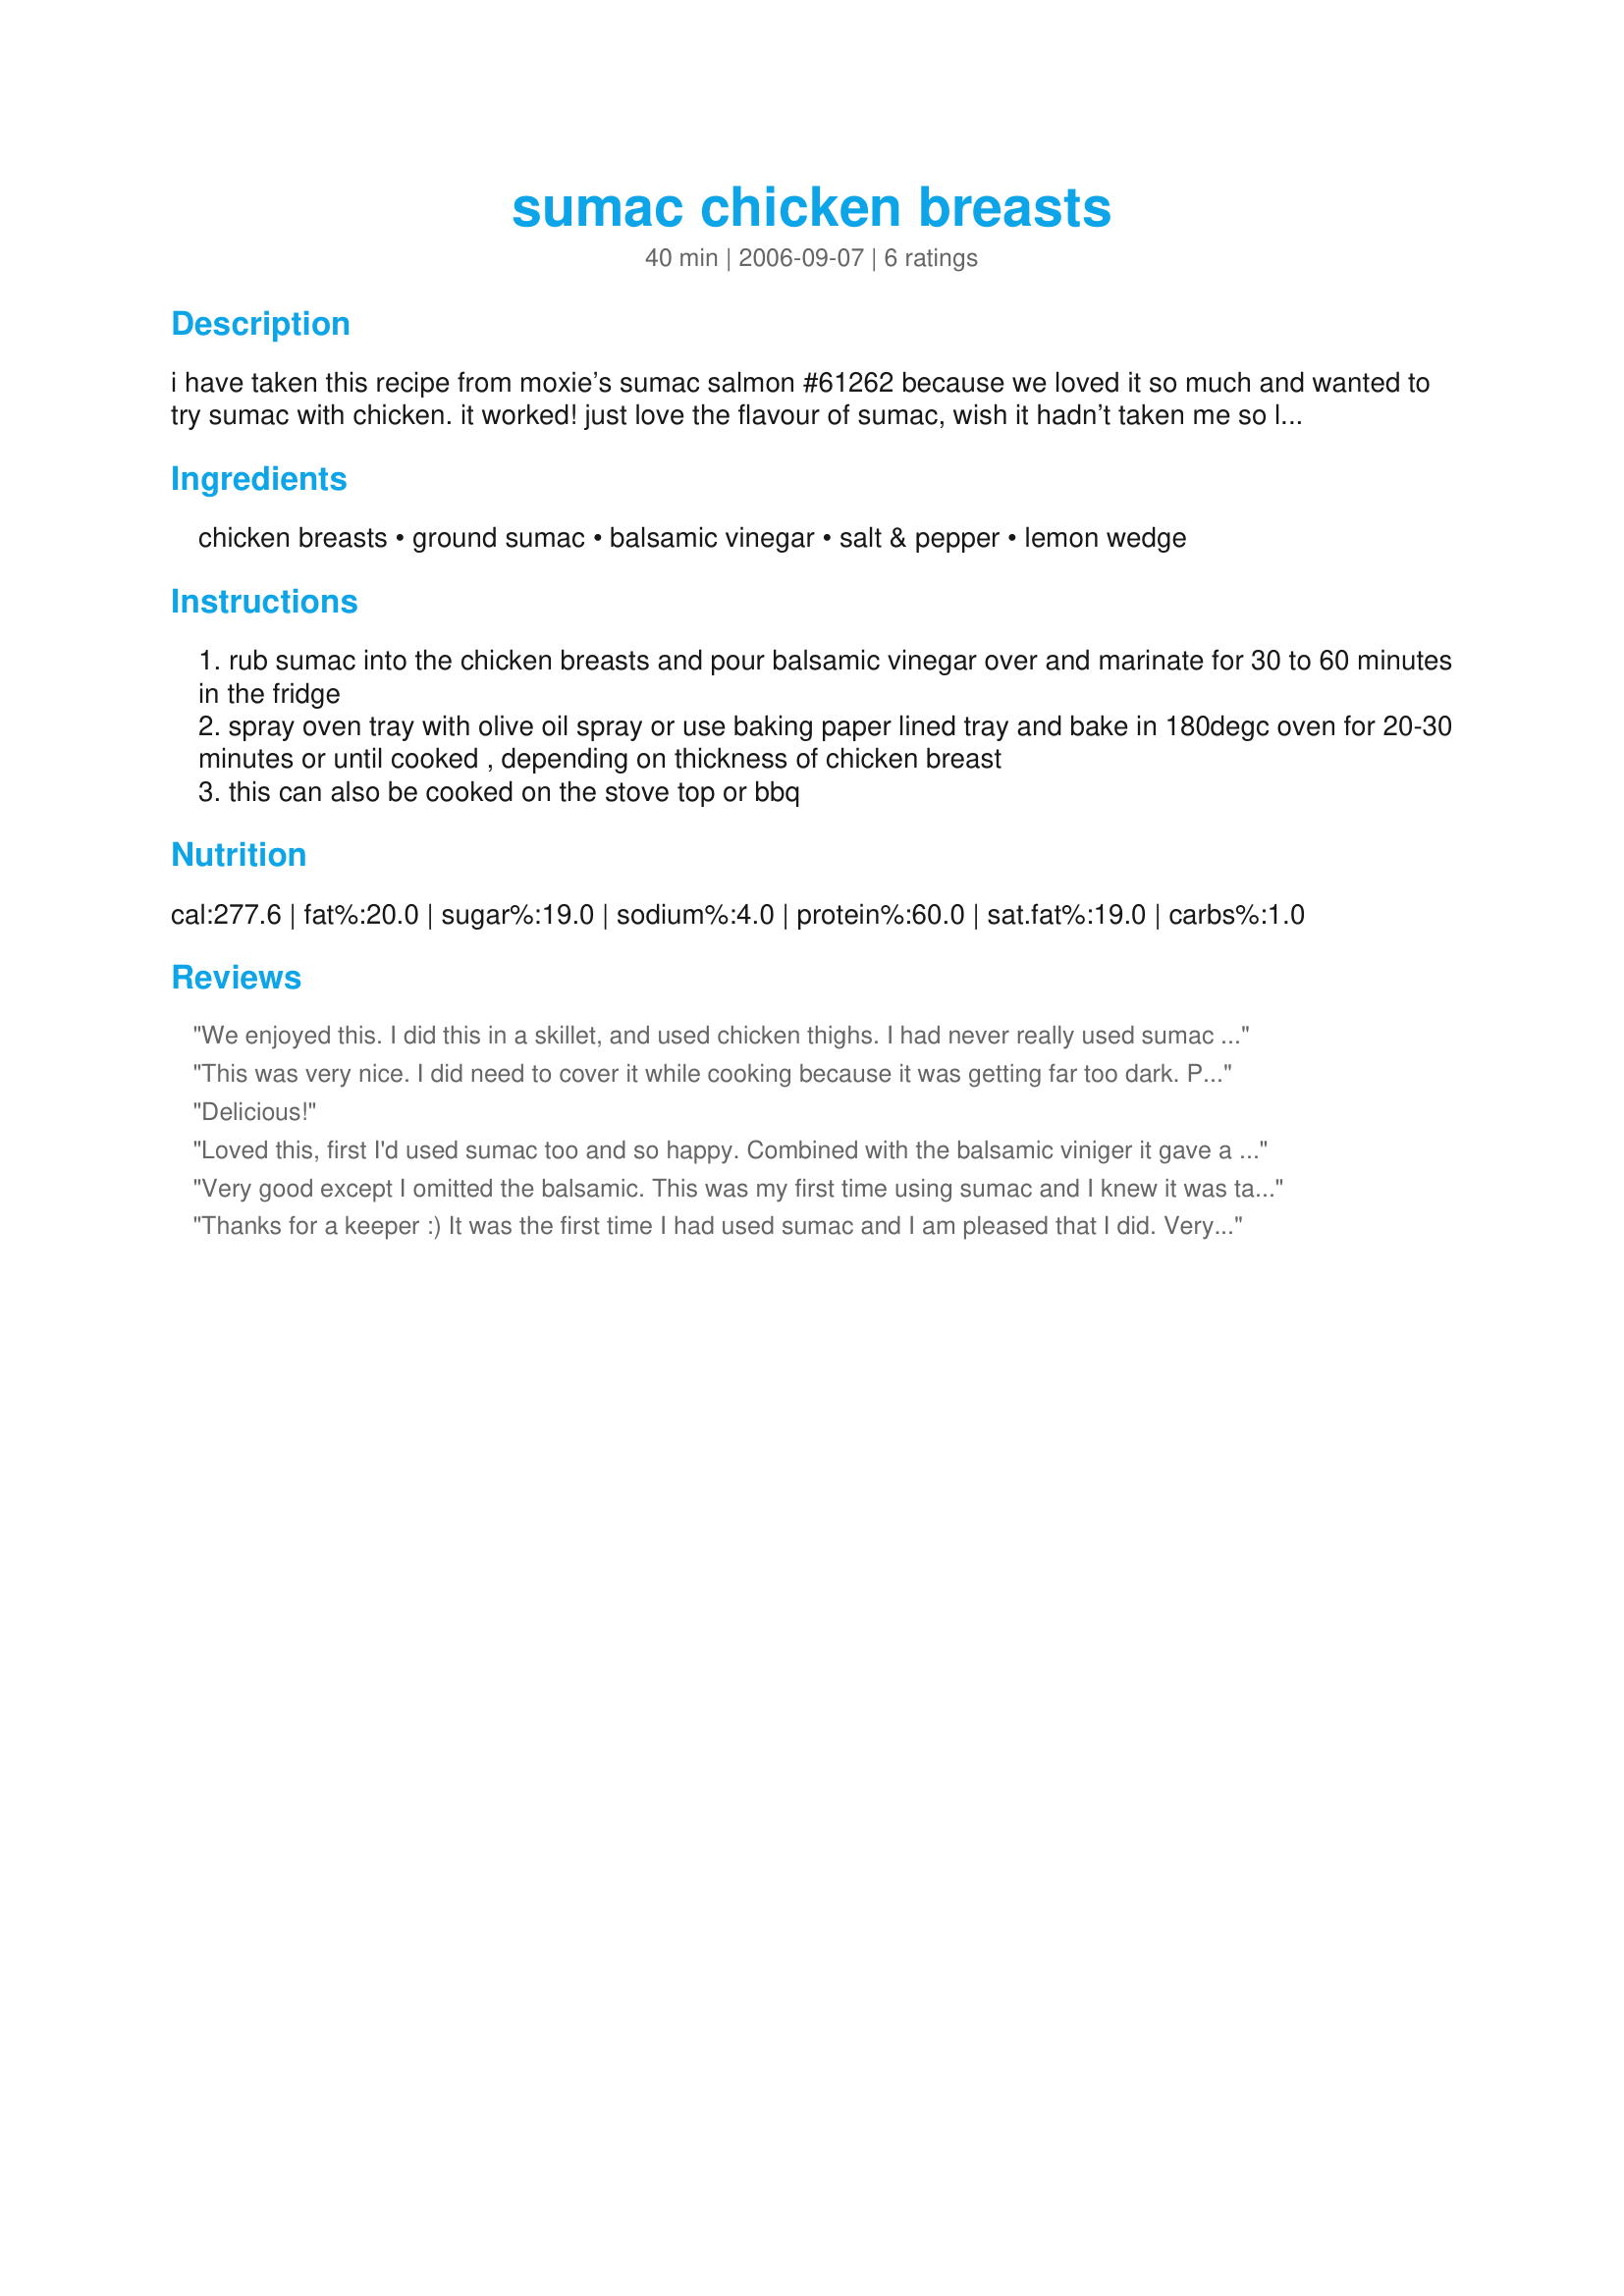
sumac chicken breasts
Preparation time: 40 minutes

i have taken this recipe from moxie’s sumac salmon #61262 because we loved it so much and wanted to try sumac with chicken. it worked! just love the flavour of sumac, wish it hadn’t taken me so long to discover it. marinating time isn't included in prep. time - i didn't have time to marinate for more than 15 minutes tonight and it was still wonderful.

Ingredients:
chicken breasts, ground sumac, balsamic vinegar, salt & pepper, lemon wedge

Steps:
rub sumac into the chicken breasts and pour balsamic vinegar over and marinate for 30 to 60 minutes in the fridge
spray oven tray with olive oil spray or use baking paper lined tray and bake in 180degc oven for 20-30 minutes or until cooked , depending on thickness of chicken breast
this can also be cooked on the stove top or bbq

Reviews:
We enjoyed this. I did this in a skillet, and used chicken thighs. I had never really used sumac before, and it added a subtle citrusy taste to the chicken, as well as a lovely color. I deglazed with some chicken broth and a touch of vermouth to make a pan sauce and served with rice. A very nice dish.
This was very nice. I did need to cover it while cooking because it was getting far too dark. Perhaps my balsamic vinegar wasn't high enough quality, but this was still pretty sour after cooking without any hint of sweetness. To help counteract that, I drizzled each chicken breast with store-bought sweet balsamic syrup prior to serv ing, which worked perfectly. I served these with rice (cooked with cinnamon, rose petals, cumin, and coridander), and steamed green beans. Thanks!
Delicious!
Loved this, first I'd used sumac too and so happy. Combined with the balsamic viniger it gave a lovely tang to the chicken that I really enjoyed. I also loved the idea that it seems to be low in fat and calories too. I served this with steamed rice and vegies and will be having it often. Made for the Herbs of the month thread.
Very good except I omitted the balsamic. This was my first time using sumac and I knew it was tangy so I was afraid to add the vinegar. Still delicious...served it with a chickpea couscous recipe I found. Looking forward to trying it on the grill.
Thanks for a keeper :) It was the first time I had used sumac and I am pleased that I did. Very easy to make and I can see this recipe being used in the summer on the bbq. :)
